Report of the Hyderabad Chloroform Commission
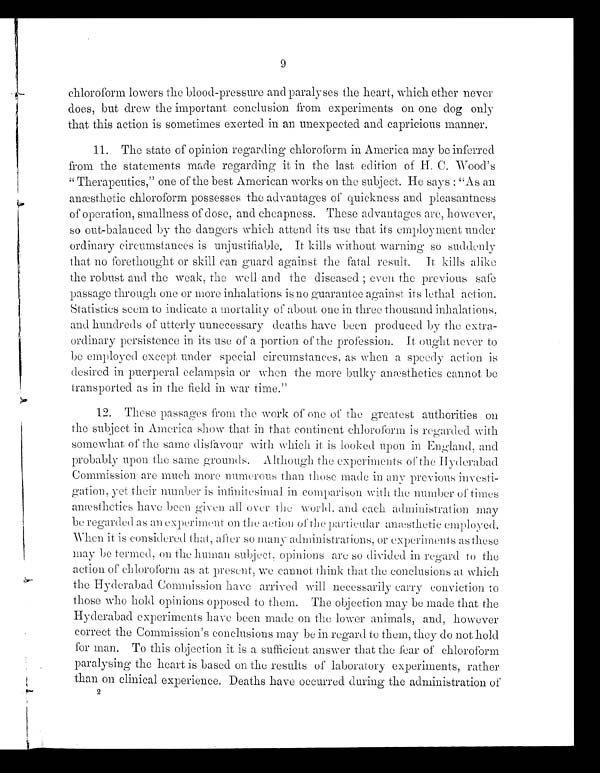
9
chloroform lowers the blood-pressure and paralyses the heart, which ether never
does, but drew the important conclusion from experiments on one dog only
that this action is sometimes exerted in an unexpected and capricious manner.
11. The state of opinion regarding chloroform in America may be inferred
from the statements made regarding it in the last edition. of H. C. Wood's
Therapeutics," one of the best American works on the subject. He says "As an
anæsthetic chloroform possesses the advantages of quickness and pleasantness
of operation, smallness of dose, and cheapness. These advantages are, however,
so out-balanced by the dangers which attend its use that its employment under
ordinary circumstances is unjustifiable, It kills without warning so suddenly
that no forethought or skill can guard against the fatal result. It kills alike
the robust and the weak, the well and the diseased; even the previous safe
passage through one or more inhalations is no guarantee against its lethal action.
Statistics seem to indicate a mortality of about one in three thousand inhalations,
and hundreds of utterly unnecessary deaths have been produced by the extra-
ordinary persistence in its use of a portion of the profession. It ought never to
be employed except under special circumstances, as when. a speedy action is
desired in puerperal eclampsia or when. the more bulky anæsthetics cannot be
transported as in the field in war time.”
12. These passages from the work of one of the greatest authorities on
the subject in America show that in. that continent chloroform is regarded with
somewhat of the same disfavour with which it is looked upon in England, and
probably upon the same grounds. Although the experiments of the Hyderabad
Commission are much more numerous than those made in any previous investi-
gation, yet their number is infinitesimal in comparison with the number of times
anæsthetics have been given. all over the -world, and each administration may
be regarded as an experiment on the action of the particular anæsthetic employed.
When it is considered
that, after SO many administrations, or experiments as these
may be termed, On the human subject, opinions are so divided in regard to the
action of chloroform as at present, we cannot think that the conclusions at. which
the Hyderabad Commission have arrived will necessarily carry- conviction. to
those who hold opinions opposed to them. The objection may be made that the
Hyderabad experiments have been made on the lower animals, and, however
correct the Commission's conclusions may be in regard to them, they do not hold
for man. To this objection it is a sufficient answer that the fear of chloroform
paralysing the heart is based on the results of laboratory experiments, rather
than on clinical experience. Deaths have occurred during the administration of
2